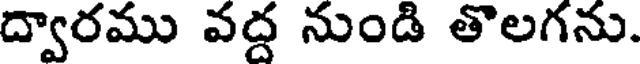
ద్వారము వద్ద నుండి తొలగను.